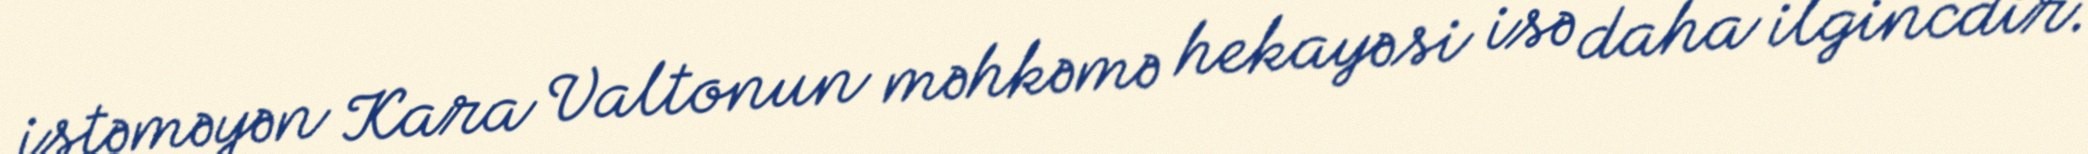
istəməyən Kara Valtonun məhkəmə hekayəsi isə daha ilgincdir.